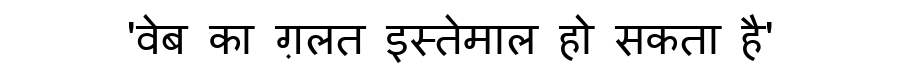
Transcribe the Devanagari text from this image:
'वेब का ग़लत इस्तेमाल हो सकता है'